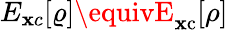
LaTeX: E_{\mathbf{x}c}[\varrho]\equivE_{\mathrm{{\mathbf{x}c}}}[\rho]